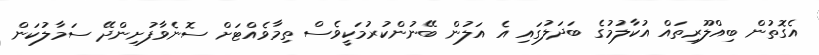
އެގޮތުން ބިއްލޫރިތައް އުކާލުމުގެ ބަދަލުގައި އެ އަލުން ބޭނުންކުރުމަކީވެސް ތިމާވެއްޓަށް ސޮނެވާފުށިންދޭ ސަމާލުކަން